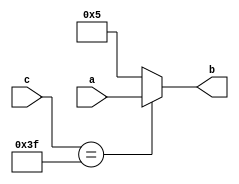
/*//////////////////////////////////////////////////////////////////////////////
//                                                                            //
//               Application Assignment Problem 2 Module 3 Course 2           //
//                                                                            //
////////////////////////////////////////////////////////////////////////////////
//
// [Replace [items in brackets] with your content]
// @file AAC2M1P2.vhd
// @brief Application Assignment 2-007 Example code with errors to be found
// @version: 1.0 
// Date of current revision:  @date 2019-06-20  
// Target FPGA: [Intel Altera MAX10] 
// Tools used: [Quartus Prime 16.1 or Sigasi] for editing and/or synthesis 
//             [Modeltech ModelSIM 10.4a Student Edition] for simulation 
//             [Quartus Prime 16.1]  for place and route if applied
//             
//  Functional Description:  This file contains the Verilog which describes the 
//               FPGA implementation of a fixed/variable 4-bit mux. The inputs 
//               are a, a 4-bit vector, a fixed 4-bit vector, and c, a 6-bit
//               selector, with b, a 4-bit vector as the output.  

//  Hierarchy:  There is only one level in this simple design.
//  
//  Designed by:  @author [your name] 
//                [Organization]
//                [email] 
// 
//      Copyright (c) 2019 by Tim Scherr
//
// Redistribution, modification or use of this software in source or binary
// forms is permitted as long as the files maintain this copyright. Users are
// permitted to modify this and use it to learn about the field of HDl code.
// Tim Scherr and the University of Colorado are not liable for any misuse
// of this material.
//////////////////////////////////////////////////////////////////////////////
// 
*/
module find_errors(                       // line 1
  input  [0:3]a,                             // line 2
  output [3:0]b,                             // line 3
  input [5:0]c );                               // line 4
                                             // line 5                              // line 6
  reg [3:0]bw;                              // line 7
  wire [5:0]creg;                              // line 8
                                        // line 9                             // line 10
  assign b = bw;                             // line 11
  assign creg = c;                           // line 12
always@(creg)                                       // line 13 
  begin                                      // line 14
    if (creg == 6'b111111)   //creg is all 1s     // line 15 
       bw <= a;                             // line 16  
    else                                     // line 17
     bw <= 4'b0101;                           // line 18   
    end

                                     // line 19                               // line 20  
endmodule                                          // line 21